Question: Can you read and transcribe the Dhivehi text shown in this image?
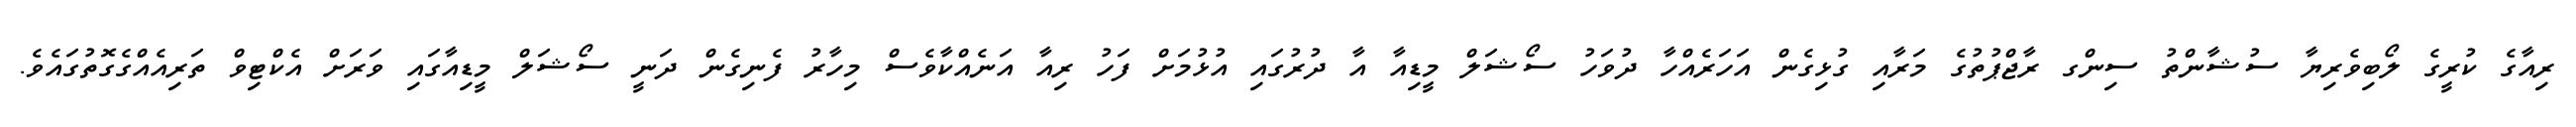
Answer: ރިއާގެ ކުރީގެ ލޯބިވެރިޔާ ސުޝާންތު ސިންގ ރާޖްޕުތުގެ މަރާއި ގުޅިގެން އަހަރެއްހާ ދުވަހު ސޯޝަލް މީޑިއާ އާ ދުރުގައި އުޅުމަށް ފަހު ރިއާ އަނެއްކާވެސް މިހާރު ފެނިގެން ދަނީ ސޯޝަލް މީޑިއާގައި ވަރަށް އެކްޓިވް ތަރިއެއްގެގޮތުގައެވެ.